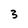
Character: 3